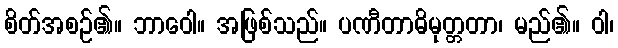
စိတ်အစဉ်၏။ ဘာဝေါ။ အဖြစ်သည်။ ပဏီတာဓိမုတ္တတာ၊ မည်၏။ ဝါ၊